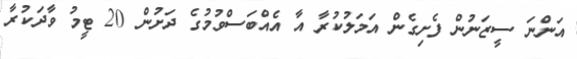
އަންނަ ސީޒަނުން ފެށިގެން އަމަލުކުރާ އާ އެއްބަސްވުމުގެ ދަށުން 20 ޓީމު ވާދަކުރާ